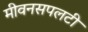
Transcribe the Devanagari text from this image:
मीवनसपलटी